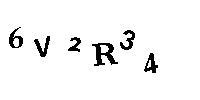
6V2R34